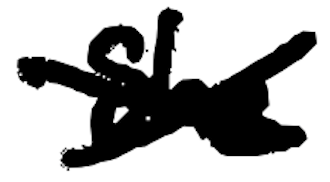
Text: She
Cross-out: mix
Writing tool: digital_black